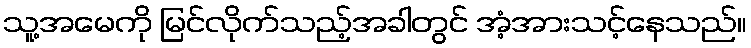
သူ့အမေကို မြင်လိုက်သည့်အခါတွင် အံ့အားသင့်နေသည်။